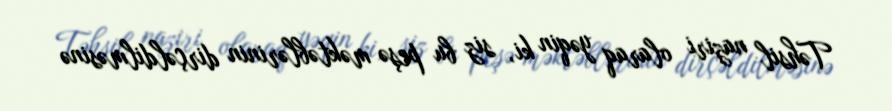
Təhsil naziri olaraq yəqin ki, siz bu peşə məktəblərinin dirçəldilməsinə